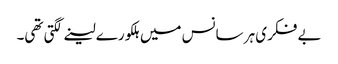
بے فکری ہر سانس میں ہلکورے لینے لگتی تھی۔